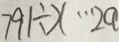
7 9 1 \div x \cdots 2 a